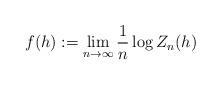
LaTeX: \begin{align*}f(h):= \lim_{n\rightarrow\infty} \frac{1}{n}\log Z_n(h)\end{align*}